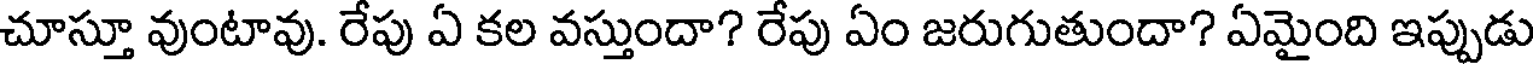
చూస్తూ వుంటావు. రేపు ఏ కల వస్తుందా? రేపు ఏం జరుగుతుందా? ఏమైంది ఇప్పుడు